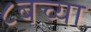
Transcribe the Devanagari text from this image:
८बच्या